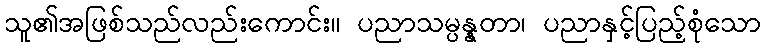
သူ၏အဖြစ်သည်လည်းကောင်း။ ပညာသမ္ပန္နတာ၊ ပညာနှင့်ပြည့်စုံသော